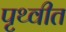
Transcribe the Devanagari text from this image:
पृथ्वीत